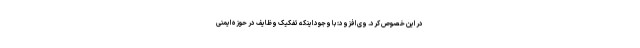
در این خصوص کرد. وی افزود: با وجود اینکه تفکیک وظایف در حوزه ایمنی